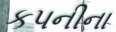
કપનીના